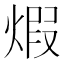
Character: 煆